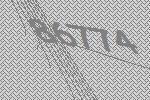
86774